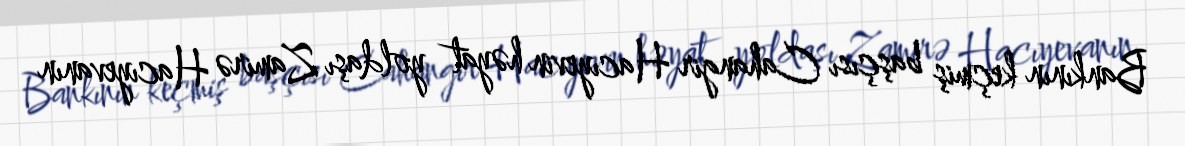
Bankının keçmiş başçısı Cahangir Hacıyevin həyat yoldaşı Zamirə Hacıyevanın